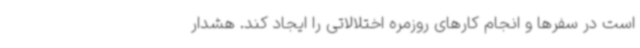
است در سفرها و انجام کارهای روزمره اختلالاتی را ایجاد کند. هشدار